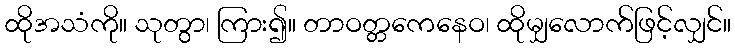
ထိုအသံကို။ သုတွာ၊ ကြား၍။ တာဝတ္တကေနေဝ၊ ထိုမျှလောက်ဖြင့်လျှင်။